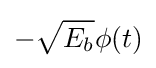
-{\sqrt {E_{b}}}\phi (t)